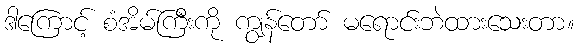
ဒါကြောင့် စံအိမ်ကြီးကို ကျွန်တော် မရောင်းဘဲထားသေးတာ။